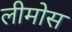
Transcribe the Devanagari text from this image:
लीमोस